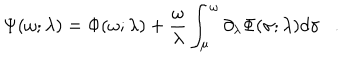
\Psi ( \omega ; \lambda ) = \Phi ( \omega ; \lambda ) + { \frac { \omega } { \lambda } } \int _ { \mu } ^ { \omega } \partial _ { \lambda } \Phi ( \sigma ; \lambda ) d \sigma .